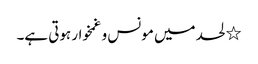
٭ لحد میں مونس و غمخوار ہوتی ہے۔